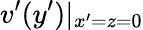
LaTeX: v^{\prime}(y^{\prime})\rvert_{x^{\prime}=z=0}